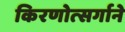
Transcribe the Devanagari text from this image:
किरणोत्‍सर्गाने